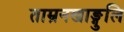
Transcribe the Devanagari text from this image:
ताम्रनखाङ्गुलि